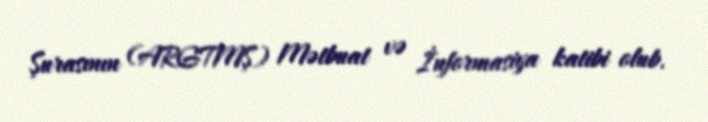
Şurasının (ARGTMŞ) Mətbuat və İnformasiya katibi olub.